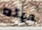
ميته